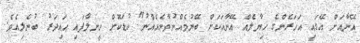
އޭނާއަށް އޭގައި އަހަރެންގެ ޚިޔާލެއް އޭނާއަކަށް ބޭނުމެއްނުވާނެއެއްނު" ކުޑަކޮށް ހީނލާފައި ޙައިދަރު ބުނެލިއެވެ.